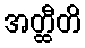
အတ္ထီတိ